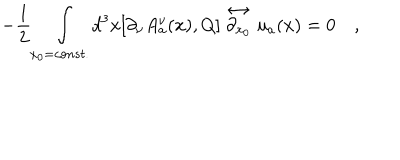
- \frac { 1 } { 2 } \int _ { x _ { 0 } = c o n s t . } d ^ { 3 } x [ \partial _ { \nu } A _ { a } ^ { \nu } ( x ) , Q ] \stackrel { \leftrightarrow } { \partial _ { x _ { 0 } } } u _ { a } ( x ) = 0 \quad ,